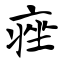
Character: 痤